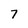
Character: 7